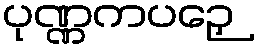
ပုဏ္ဏကပဉှေ